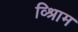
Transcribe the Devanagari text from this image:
व्श्रिाम